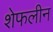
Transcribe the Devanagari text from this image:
शेफलीन